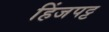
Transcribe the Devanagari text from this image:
हिंजपट्ट